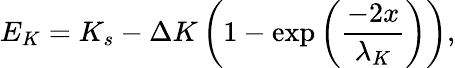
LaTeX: E_{K}=K_{s}-\Delta K\left(1-\exp\left(\frac{-2x}{\lambda_{K}}\right)\right),